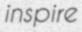
inspire